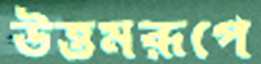
উত্তমরূপে